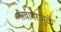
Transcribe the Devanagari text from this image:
गैरवापरामुळे